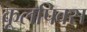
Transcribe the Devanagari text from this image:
कूलपिक्स